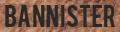
BANNISTER